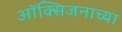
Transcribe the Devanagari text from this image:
ऑक्सिजनाच्या